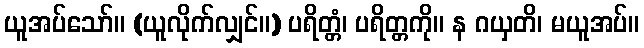
ယူအပ်သော်။ (ယူလိုက်လျှင်။) ပရိတ္တံ၊ ပရိတ္တကို။ န ဂယှတိ၊ မယူအပ်။